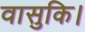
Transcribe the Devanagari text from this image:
वासुकि।